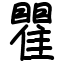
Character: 瞿